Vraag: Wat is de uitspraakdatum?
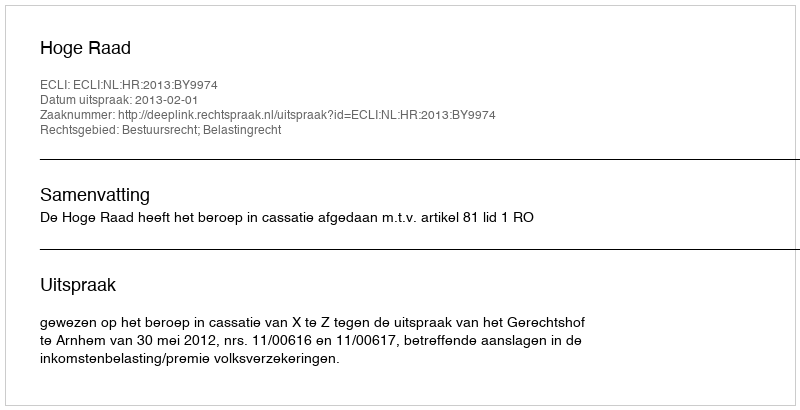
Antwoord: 2013-02-01